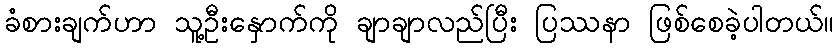
ခံစားချက်ဟာ သူ့ဦးနှောက်ကို ချာချာလည်ပြီး ပြဿနာ ဖြစ်စေခဲ့ပါတယ်။